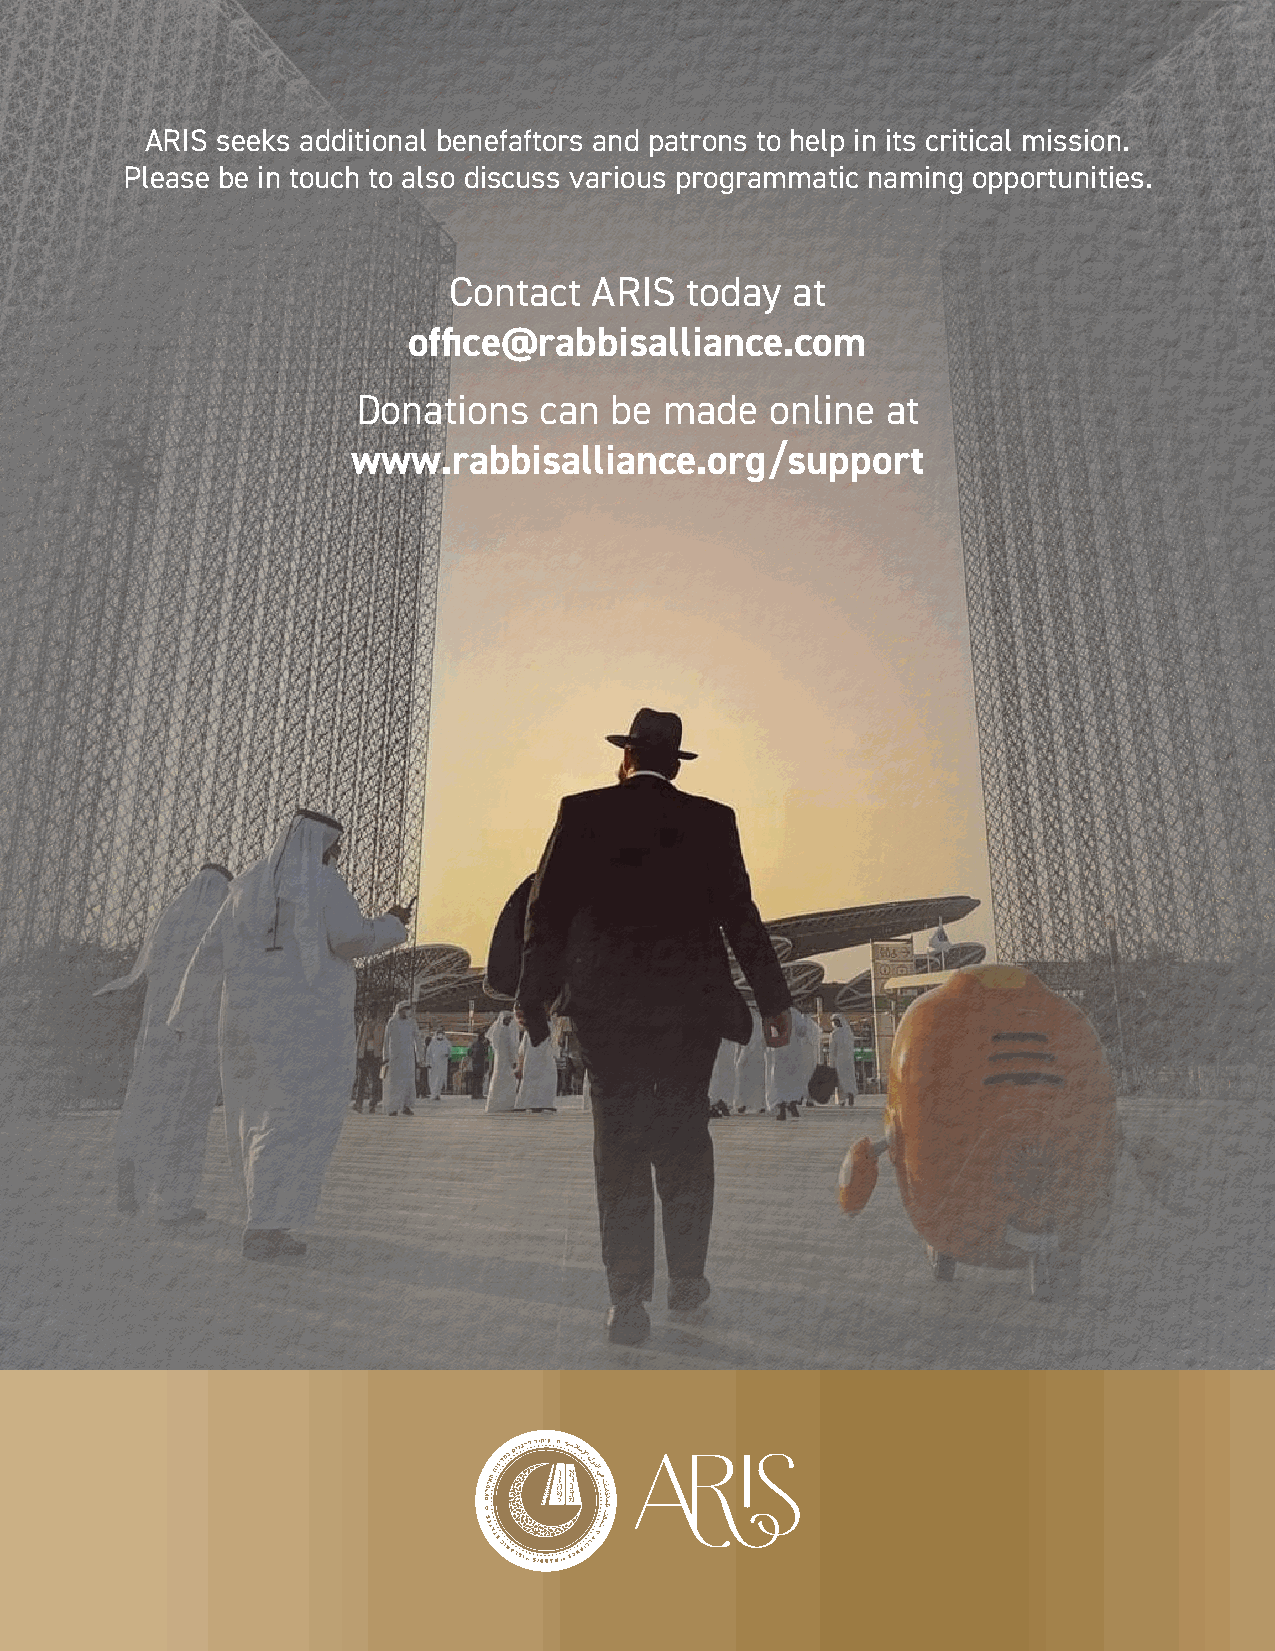
ARIS seeks additional benefaftors and patrons to help in its critical mission.
 Please be in touch to also discuss various programmatic naming opportunities.
 Contact  ARIS  today  at
 office@rabbisalliance.com
 Donations   can be  made   online  at
 www.rabbisalliance.org/support